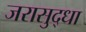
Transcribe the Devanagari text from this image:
जरासुद्धा